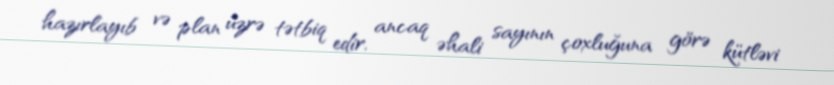
hazırlayıb və plan üzrə tətbiq edir, ancaq əhali sayının çoxluğuna görə kütləvi